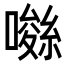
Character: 𡀚